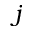
j